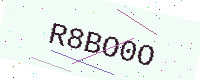
Text: R8BO0O